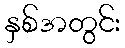
နှစ်အတွင်း